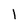
Character: 1